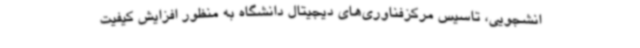
انشجویی، تاسیس مرکزفناوری‌های دیجیتال دانشگاه به منظور افزایش کیفیت